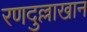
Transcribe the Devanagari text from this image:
रणदुल्लाखान